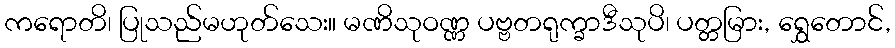
ကရောတိ၊ ပြုသည်မဟုတ်သေး။ မဏိသုဝဏ္ဏ ပဗ္ဗတရုက္ခာဒီသုပိ၊ ပတ္တမြား, ရွှေတောင်,